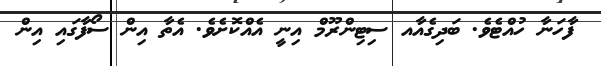
ފާހަނާ ހުއްޓެވެ. ބަދިގެއާއ ސިޓިންރޫމް އިނީ އެއްކޮށެވެ. އެތާ އިން ސޯފާގައި އިން